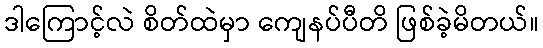
ဒါကြောင့်လဲ စိတ်ထဲမှာ ကျေနပ်ပီတိ ဖြစ်ခဲ့မိတယ်။